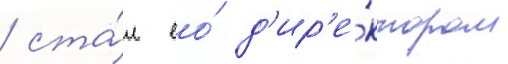
/ ста́л ео́ д'ир'е́ктором